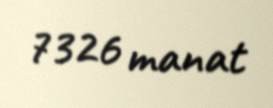
7326 manat